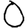
Digit: 0